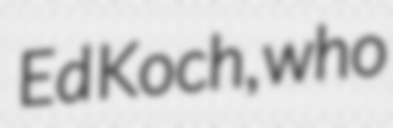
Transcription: Ed Koch, who